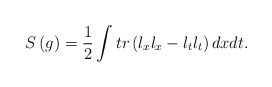
\begin{align*}S\left( g\right) =\frac 12\int tr\left( l_xl_x-l_tl_t\right)dxdt.\end{align*}